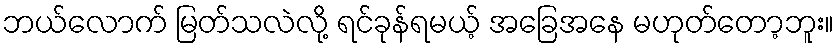
ဘယ်လောက် မြတ်သလဲလို့ ရင်ခုန်ရမယ့် အခြေအနေ မဟုတ်တော့ဘူး။